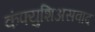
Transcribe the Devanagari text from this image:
कंफ्युशिअसवाद